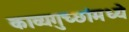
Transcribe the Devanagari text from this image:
काव्यगुच्छांमध्ये